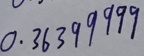
0 . 3 6 3 9 9 9 9 9